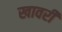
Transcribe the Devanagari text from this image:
खावरी